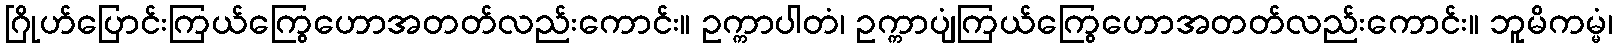
ဂြိုဟ်ပြောင်းကြယ်ကြွေဟောအတတ်လည်းကောင်း။ ဥက္ကာပါတံ၊ ဥက္ကာပျံကြယ်ကြွေဟောအတတ်လည်းကောင်း။ ဘူမိကမ္မံ၊